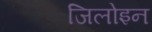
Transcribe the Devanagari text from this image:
जिलोइन